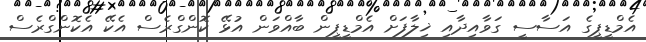
އެމްޑީޕީގެ އަސާސީ ގަވާއިދާއި ޚިލާފަށް އެމްޑީޕީން ބާއްވަން އުޅޭ ކޮންގްރެސް އެކޭ އެކޮންގްރެސް